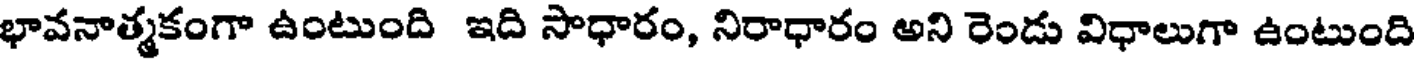
భావనాత్మకంగా ఉంటుంది ఇది సాధారం, నిరాధారం అని రెండు విధాలుగా ఉంటుంది